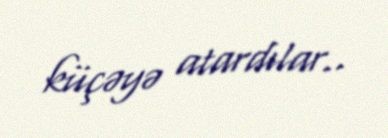
küçəyə atardılar..